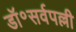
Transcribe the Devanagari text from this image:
डॉ॰सर्वपल्ली